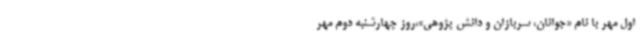
اول مهر با نام «جوانان، سربازان و دانش پژوهی»،روز چهارشنبه دوم مهر